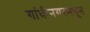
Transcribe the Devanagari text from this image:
गांधीनगरमधून